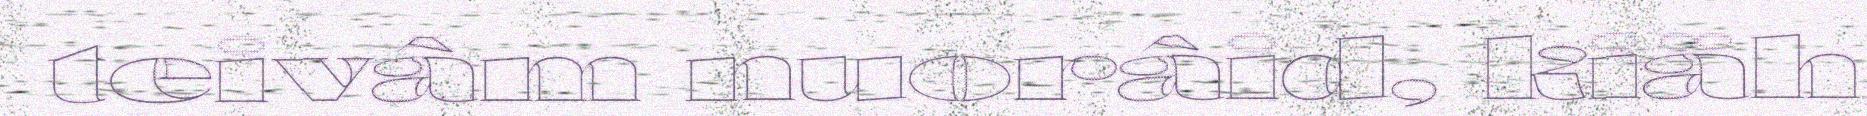
teivâm nuorâid, kiäh